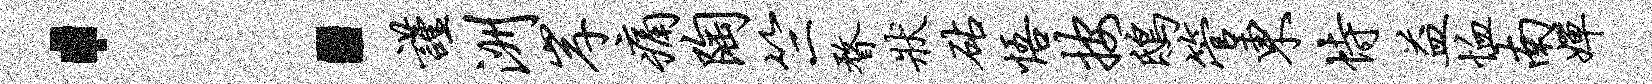
：谨洲岸痛陶竺瞀状砧悟按鸱管东恃益恤南婵